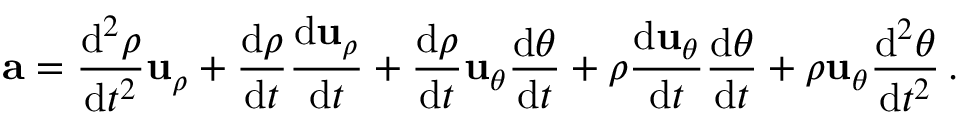
\mathbf { a } = { \frac { \mathrm { d } ^ { 2 } \rho } { \mathrm { d } t ^ { 2 } } } \mathbf { u } _ { \rho } + { \frac { \mathrm { d } \rho } { \mathrm { d } t } } { \frac { \mathrm { d } \mathbf { u } _ { \rho } } { \mathrm { d } t } } + { \frac { \mathrm { d } \rho } { \mathrm { d } t } } \mathbf { u } _ { \theta } { \frac { \mathrm { d } \theta } { \mathrm { d } t } } + \rho { \frac { \mathrm { d } \mathbf { u } _ { \theta } } { \mathrm { d } t } } { \frac { \mathrm { d } \theta } { \mathrm { d } t } } + \rho \mathbf { u } _ { \theta } { \frac { \mathrm { d } ^ { 2 } \theta } { \mathrm { d } t ^ { 2 } } } \, .